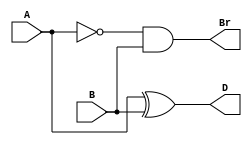
module halfsub(D,Br,A,B);
  input A,B;
  output D,Br;
  xor(D,A,B);
  and(Br,~A,B);
endmodule